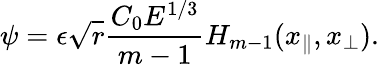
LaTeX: \psi=\epsilon\sqrt{r}\frac{C_{0}E^{1/3}}{m-1}H_{m-1}(x_{\parallel},x_{\perp}).